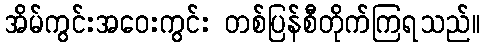
အိမ်ကွင်းအဝေးကွင်း တစ်ပြန်စီတိုက်ကြရသည်။